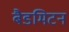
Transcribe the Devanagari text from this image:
बैडमिटन